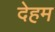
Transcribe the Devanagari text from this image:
देहम